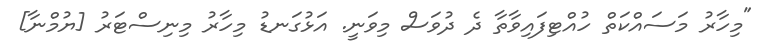
"މިހާރު މަސައްކަތް ހުއްޓިފައިވާތާ ދެ ދުވަސް މިވަނީ. އަޅުގަނޑު މިހާރު މިނިސްޓަރު [ޔުމްނާ]